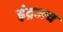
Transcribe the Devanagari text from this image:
इंद्रजव